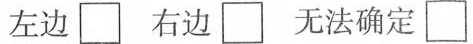
左边 \Box右边 \Box 无法确定 \Box